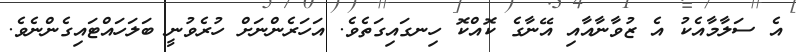
އެ ސަލާމާއެކު އެ ޒުވާނާއާއި އޭނާގެ ކޮއްކޮ ހިނގައިގަތެވެ. އަހަރެންނަށް ހުރެވުނީ ބަލަހައްޓައިގެންނެވެ.